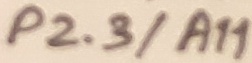
Text: P2.3/A11